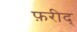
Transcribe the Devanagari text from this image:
फ़रीद्